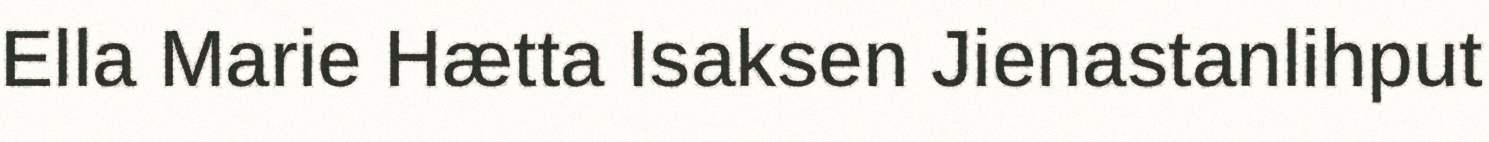
Ella Marie Hætta Isaksen Jienastanlihput